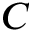
C